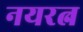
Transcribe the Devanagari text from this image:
नयरत्न